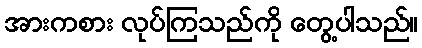
အားကစား လုပ်ကြသည်ကို တွေ့ပါသည်။